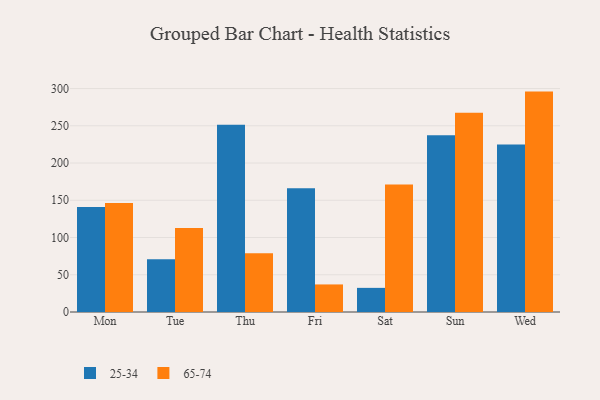
{"axis": {"x": "Day", "y": "Customer Acquisition Cost (USD)"}, "legend": ["25-34", "65-74"], "data": [{"x": "Mon", "y": 140.9, "type": "25-34"}, {"x": "Mon", "y": 146.3, "type": "65-74"}, {"x": "Tue", "y": 70.9, "type": "25-34"}, {"x": "Tue", "y": 112.8, "type": "65-74"}, {"x": "Thu", "y": 251.3, "type": "25-34"}, {"x": "Thu", "y": 78.8, "type": "65-74"}, {"x": "Fri", "y": 166.3, "type": "25-34"}, {"x": "Fri", "y": 37.0, "type": "65-74"}, {"x": "Sat", "y": 32.4, "type": "25-34"}, {"x": "Sat", "y": 171.2, "type": "65-74"}, {"x": "Sun", "y": 237.4, "type": "25-34"}, {"x": "Sun", "y": 267.5, "type": "65-74"}, {"x": "Wed", "y": 224.9, "type": "25-34"}, {"x": "Wed", "y": 295.9, "type": "65-74"}]}